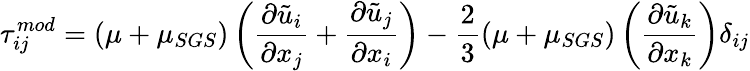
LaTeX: \tau_{ij}^{mod}=(\mu+\mu_{SGS})\left(\frac{\partial\tilde{u}_{i}}{\partial x_{j}}+\frac{\partial\tilde{u}_{j}}{\partial x_{i}}\right)-\frac{2}{3}(\mu+\mu_{SGS})\left(\frac{\partial\tilde{u}_{k}}{\partial x_{k}}\right)\delta_{ij}